Indian journal of veterinary science and animal husbandry - Volumes 24-25, 1954-1955
Year: 1954
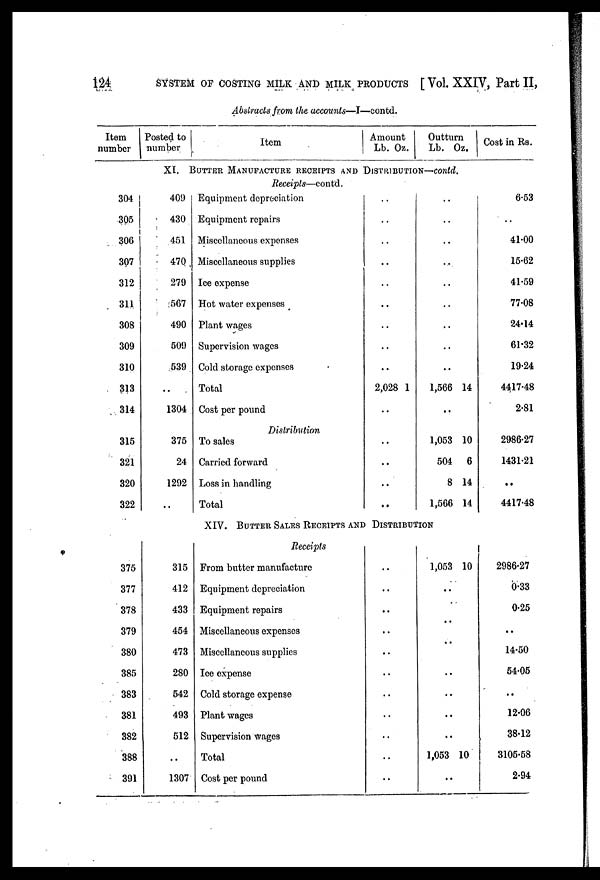
124
SYSTEM OF COSTING MILK AND MILK PRODUCTS [Vol. XXIV, Part II,
Abstracts from the accounts—I—contd.
Item
number
304
305
306
307
312
311
308
309
310
313
314
315
321
320
322
375
377
378
379
380
385
383
381
382
388
391
Posted to
number
Item
Amount
Lb. Oz.
Outturn
Lb. Oz.
XI. BUTTER MANUFACTURE RECEIPTS AND DISTRIBUTION—contd.
409
430
451
470
279
567
490
509
539
..
1304
375
24
1292
..
315
412
433
454
473
280
542
493
512
..
1307
Receipts—contd.
Equipment depreciation
Equipment repairs
Miscellaneous expenses
Miscellaneous supplies
Ice expense
Hot water expenses
Plant wages
Supervision wages
Cold storage expenses
Total
Cost per pound
Distribution
To sales
Carried forward
Loss in handling
Total
..
..
..
..
..
..
..
..
..
2,028
..
..
..
..
..
1
..
..
..
..
..
..
..
..
..
1,566
..
1,053
504
8
1,566
XIV. BUTTER SALES RECEUPTS AND DISTRIBUTION
Receipts
From butter manufacture
Equipment depreciation
Equipment repairs
Miscellaneous expenses
Miscellaneous supplies
Ice expense
Cold storage expense
Plant wages
Supervision wages
Total
Cost per pound
..
..
..
..
..
..
..
..
..
..
1,053
..
..
..
..
..
..
..
..
1,053
..
14
10
6
14
14
10
10
Cost in Rs.
6.53
..
41.00
15.62
41.59
77.08
24.14
61.32
19.24
4417.48
2.81
2986.27
1431.21
..
4417.48
2986.27
0.33
0.25
..
14.50
54.05
..
12.06
38.12
3105.58
2.94